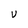
Character: S